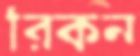
রিকন